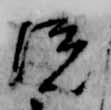
院